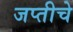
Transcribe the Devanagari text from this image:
जप्तीचे